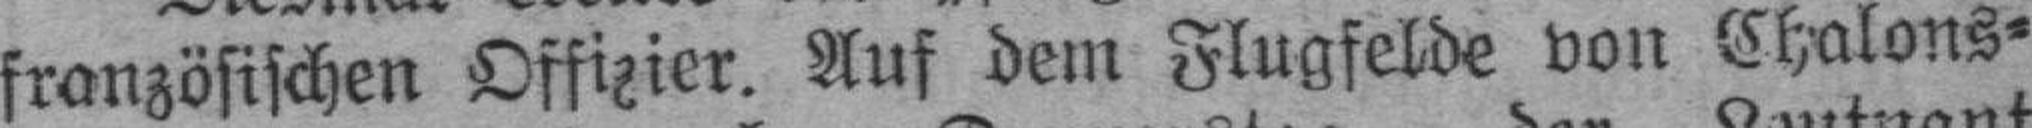
französischen Offizier. Auf dem Flugfelde von Chalons¬